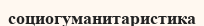
социогуманитаристика